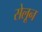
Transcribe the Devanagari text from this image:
सेलून